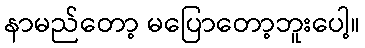
နာမည်တော့ မပြောတော့ဘူးပေါ့။